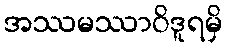
အဿမဿာဝိဒူရမှိ